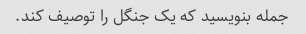
جمله بنویسید که یک جنگل را توصیف کند.